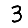
Digit: 3